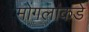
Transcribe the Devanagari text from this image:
मोंगलांकडे